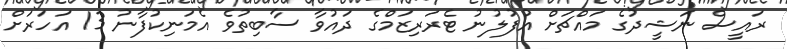
ރައީސް ނަޝީދުގެ މައްޗަށް އުފުލުނު ޓެރަރިޒަމްގެ ދައުވާ ސާބިތުވެ އެމަނިކުފާނު 13 އަހަރަށް